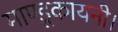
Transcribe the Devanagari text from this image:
माण्डूकायनी।